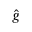
\hat { g }